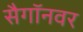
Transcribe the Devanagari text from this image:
सैगॉनवर